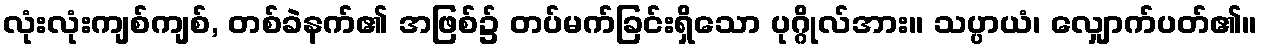
လုံးလုံးကျစ်ကျစ်, တစ်ခဲနက်၏ အဖြစ်၌ တပ်မက်ခြင်းရှိသော ပုဂ္ဂိုလ်အား။ သပ္ပာယံ၊ လျှောက်ပတ်၏။